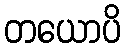
တယောပိ